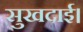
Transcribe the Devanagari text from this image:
सुखदाई।